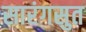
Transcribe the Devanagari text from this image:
सारंगसुत